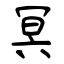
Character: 冥